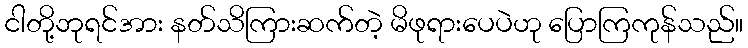
ငါတို့ဘုရင်အား နတ်သိကြားဆက်တဲ့ မိဖုရားပေပဲဟု ပြောကြကုန်သည်။